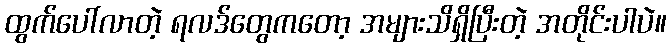
ထွက်ပေါ်လာတဲ့ ရလဒ်တွေကတော့ အများသိရှိပြီးတဲ့ အတိုင်းပါပဲ။